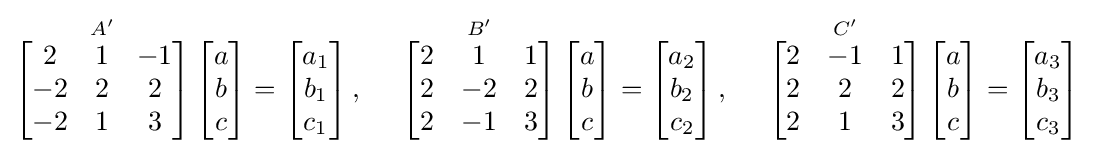
{\overset {{A}'}{\mathop {\left[{\begin{matrix}2&1&-1\\-2&2&2\\-2&1&3\end{matrix}}\right]} }}\left[{\begin{matrix}a\\b\\c\end{matrix}}\right]=\left[{\begin{matrix}a_{1}\\b_{1}\\c_{1}\end{matrix}}\right],\quad {\text{     }}{\overset {{B}'}{\mathop {\left[{\begin{matrix}2&1&1\\2&-2&2\\2&-1&3\end{matrix}}\right]} }}\left[{\begin{matrix}a\\b\\c\\\end{matrix}}\right]=\left[{\begin{matrix}a_{2}\\b_{2}\\c_{2}\end{matrix}}\right],\quad {\text{     }}{\overset {{C}'}{\mathop {\left[{\begin{matrix}2&-1&1\\2&2&2\\2&1&3\\\end{matrix}}\right]} }}\left[{\begin{matrix}a\\b\\c\\\end{matrix}}\right]=\left[{\begin{matrix}a_{3}\\b_{3}\\c_{3}\end{matrix}}\right]